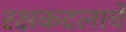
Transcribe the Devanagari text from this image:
रक्षकदलाचे